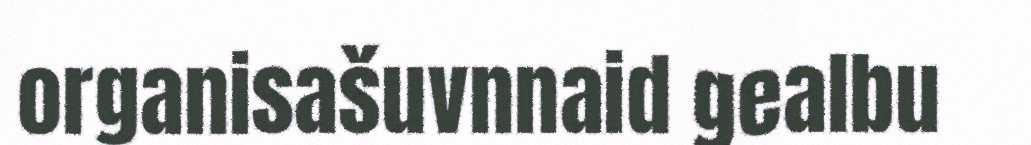
organisašuvnnaid gealbu